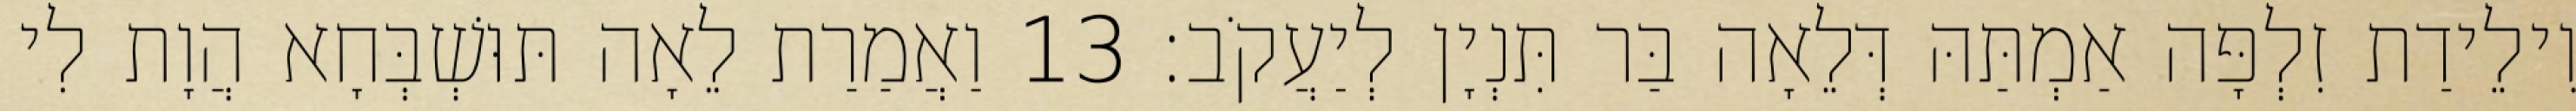
וִילֵידַת זִלְפָּה אַמְתַּהּ דְּלֵאָה בַּר תִּנְיָן לְיַעֲקֹב׃ 13 וַאֲמַרַת לֵאָה תּוּשְׁבְּחָא הֲוָת לִי